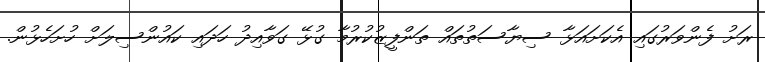
ރަށު ފެންވަރުގައި އެކަށައަޅާ ސިޔާސަތުތައް ތަންފީޒުކުރުމާ ގުޅޭ ގަވާއިދު ހަދައި ކައުންސިލަށް ހުށަހެޅުން.